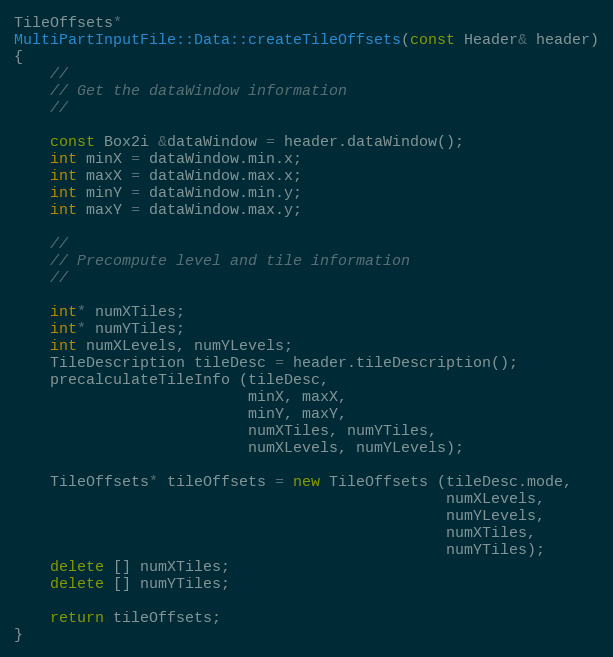
Language: C++
TileOffsets*
MultiPartInputFile::Data::createTileOffsets(const Header& header)
{
    //
    // Get the dataWindow information
    //

    const Box2i &dataWindow = header.dataWindow();
    int minX = dataWindow.min.x;
    int maxX = dataWindow.max.x;
    int minY = dataWindow.min.y;
    int maxY = dataWindow.max.y;

    //
    // Precompute level and tile information
    //

    int* numXTiles;
    int* numYTiles;
    int numXLevels, numYLevels;
    TileDescription tileDesc = header.tileDescription();
    precalculateTileInfo (tileDesc,
                          minX, maxX,
                          minY, maxY,
                          numXTiles, numYTiles,
                          numXLevels, numYLevels);

    TileOffsets* tileOffsets = new TileOffsets (tileDesc.mode,
                                                numXLevels,
                                                numYLevels,
                                                numXTiles,
                                                numYTiles);
    delete [] numXTiles;
    delete [] numYTiles;

    return tileOffsets;
}